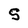
Character: S